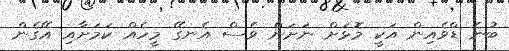
ބުނެ ޑްވެއިން އަކީ މޮޅަށް ނަށަން ވެސް އެނގޭ މީހެއް ކަމަށާއި އޭގެން